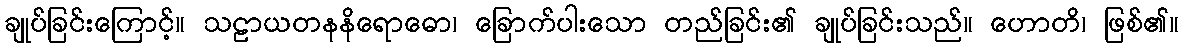
ချုပ်ခြင်းကြောင့်။ သဠာယတနနိရောဓော၊ ခြောက်ပါးသော တည်ခြင်း၏ ချုပ်ခြင်းသည်။ ဟောတိ၊ ဖြစ်၏။